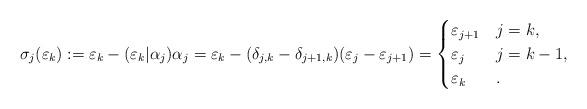
LaTeX: \begin{align*}\sigma_{j}(\varepsilon_k)&:=\varepsilon_k-(\varepsilon_k|\alpha_j)\alpha_j = \varepsilon_k-(\delta_{j,k}-\delta_{j+1,k})(\varepsilon_j-\varepsilon_{j+1}) = \begin{cases}\varepsilon_{j+1} & j=k, \\ \varepsilon_{j} & j=k-1, \\\varepsilon_k & .\end{cases}\end{align*}